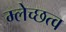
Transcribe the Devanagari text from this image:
म्लेच्छत्व